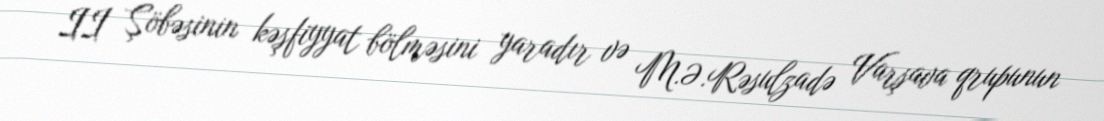
II Şöbəsinin kəşfiyyat bölməsini yaradır və M.Ə.Rəsulzadə Varşava qrupunun